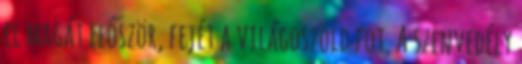
el magát először, fejét a világoszöld fot. A szenvedély